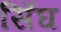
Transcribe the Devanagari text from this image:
सिँघ